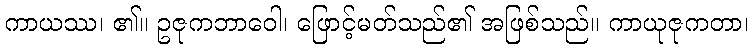
ကာယဿ၊ ၏။ ဥဇုကဘာဝေါ၊ ဖြောင့်မတ်သည်၏ အဖြစ်သည်။ ကာယုဇုကတာ၊